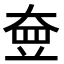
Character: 𡘵